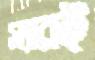
স্যারই